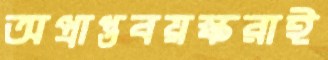
অপ্রাপ্তবয়স্করাই